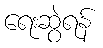
ရေးဆွဲရန်